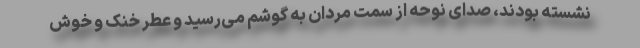
نشسته بودند، صدای نوحه از سمت مردان به گوشم می‌رسید و عطر خنک و خوش